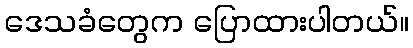
ဒေသခံတွေက ပြောထားပါတယ်။